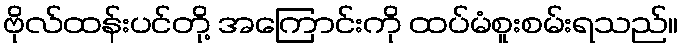
ဗိုလ်ထန်းပင်တို့ အကြောင်းကို ထပ်မံစူးစမ်းရသည်။